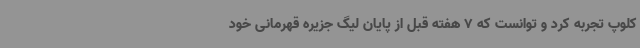
کلوپ تجربه کرد و توانست که 7 هفته قبل از پایان لیگ جزیره قهرمانی خود